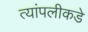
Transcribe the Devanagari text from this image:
त्यांपलीकडे